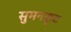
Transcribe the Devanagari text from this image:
सुमनकूट